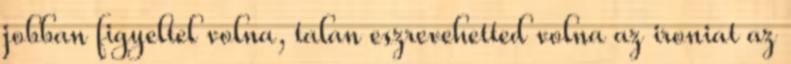
jobban figyeltel volna, talan eszrevehetted volna az ironiat az